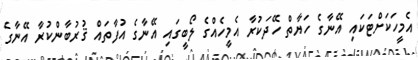
އެމީހަކަށްޓަކައި އޭނާގެ ހަޔާތް ހޭދަކުރާ އެމީހެއްގެ ލޯބީގައި އޭނާގެ އުފާތައް ޤުރުބާންކުރާ އޭނާގެ